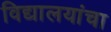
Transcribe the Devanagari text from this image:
विद्यालयांचा